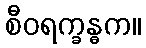
စီဝရက္ခန္ဓက။